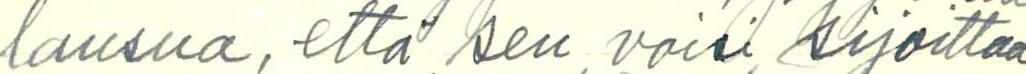
lausua, että sen voisi kirjoittaa